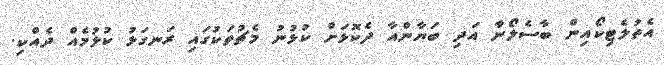
އެތުލެޓިކޯއިން ބާސެލޯނާ އަދި ބަޔާންއާ ދެކޮޅަށް ކުޅުނު މެޗުތަކުގައި ރަނގަޅު ކުޅުމެއް ދެއްކި.